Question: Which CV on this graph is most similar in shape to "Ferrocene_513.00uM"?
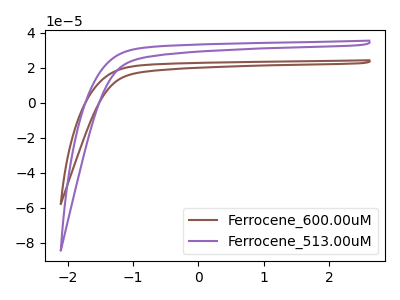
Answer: <think>The brown curve "Ferrocene_600.00uM" has no peaks. The purple curve "Ferrocene_513.00uM" has no peaks.
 Neither "Ferrocene_600.00uM" or "Ferrocene_513.00uM" have any peaks.</think>
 <answer>The CV with the most similar shape to "Ferrocene_600.00uM" is "Ferrocene_513.00uM".</answer>
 <eval>"Ferrocene_513.00uM"</eval>